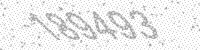
Solution: 189493